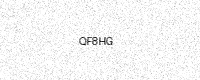
Text: QF8HG